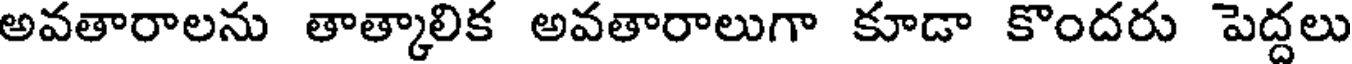
అవతారాలను తాత్కాలిక అవతారాలుగా కూడా కొందరు పెద్దలు